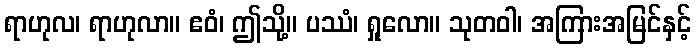
ရာဟုလ၊ ရာဟုလာ။ ဧဝံ၊ ဤသို့။ ပဿံ၊ ရှုလော။ သုတဝါ၊ အကြားအမြင်နှင့်